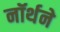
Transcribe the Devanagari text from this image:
नॉर्थने